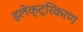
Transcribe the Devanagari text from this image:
इलेक्ट्रिकरण